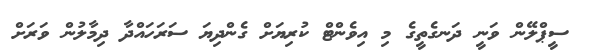
ސީޕްލޭން ވަނީ ދަނގެތީގެ މި އިވެންޓް ކުރިޔަށް ގެންދިޔަ ސަރަހައްދާ ދިމާލުން ވަރަށް